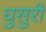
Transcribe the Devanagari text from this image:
घुसुरी